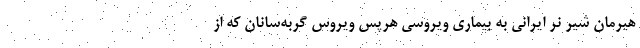
هیرمان شیر نر ایرانی به بیماری ویروسی هرپس ویروس گربه‌سانان که از